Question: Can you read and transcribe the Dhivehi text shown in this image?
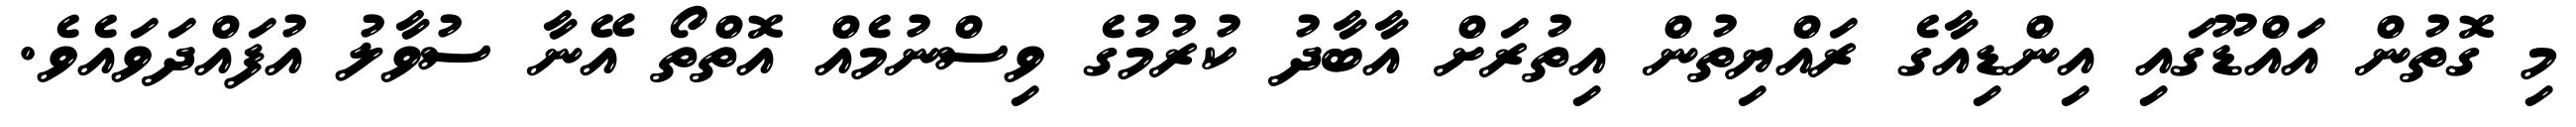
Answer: މި ގޮތުން އައްޑޫގައި އިންޑިއާގެ ރައްޔިތުން އިތުރަށް އާބާދު ކުރުމުގެ ވިސްނުމެއް އޮތްތޯ އޭނާ ސުވާލު އުފައްދަވައެވެ.